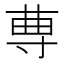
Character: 𡬭